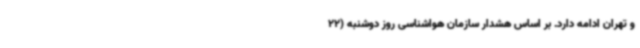
و تهران ادامه دارد. بر اساس هشدار سازمان هواشناسی روز دوشنبه (22